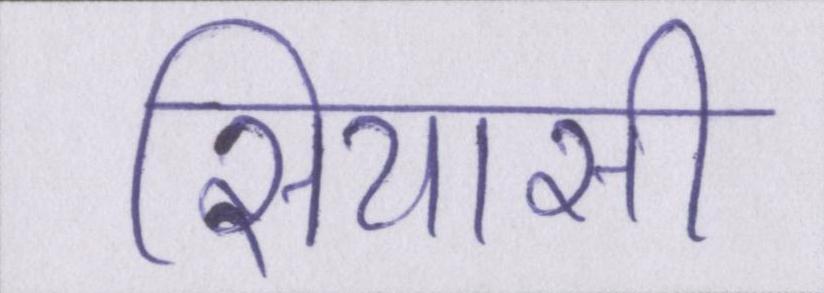
सियासी